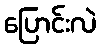
ပြောင်းလဲ